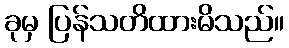
ခုမှ ပြန်သတိထားမိသည်။